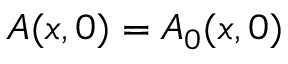
A ( x , 0 ) = A _ { 0 } ( x , 0 )